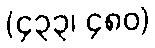
(၄၃၃၊ ၄၈၀)